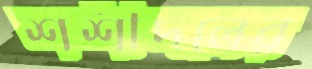
শশীদলের